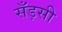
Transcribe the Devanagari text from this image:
सँड़सी